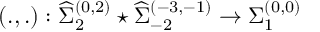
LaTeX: \left( . , . \right) : { \widehat \Sigma } _ { 2 } ^ { ( 0 , 2 ) } \star { \widehat \Sigma } _ { - 2 } ^ { ( - 3 , - 1 ) } \rightarrow { \Sigma } _ { 1 } ^ { ( 0 , 0 ) }